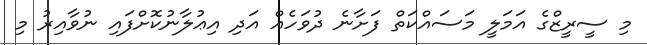
މި ސީރީޒްގެ އަމަލީ މަސައްކަތް ފަށާނެ ދުވަހެއް އަދި އިޢުލާނުކޮށްފައި ނުވާއިރު މި